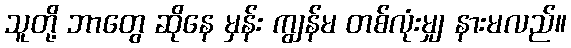
သူတို့ ဘာတွေ ဆိုနေ မှန်း ကျွန်မ တစ်လုံးမျှ နားမလည်။